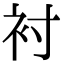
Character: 衬